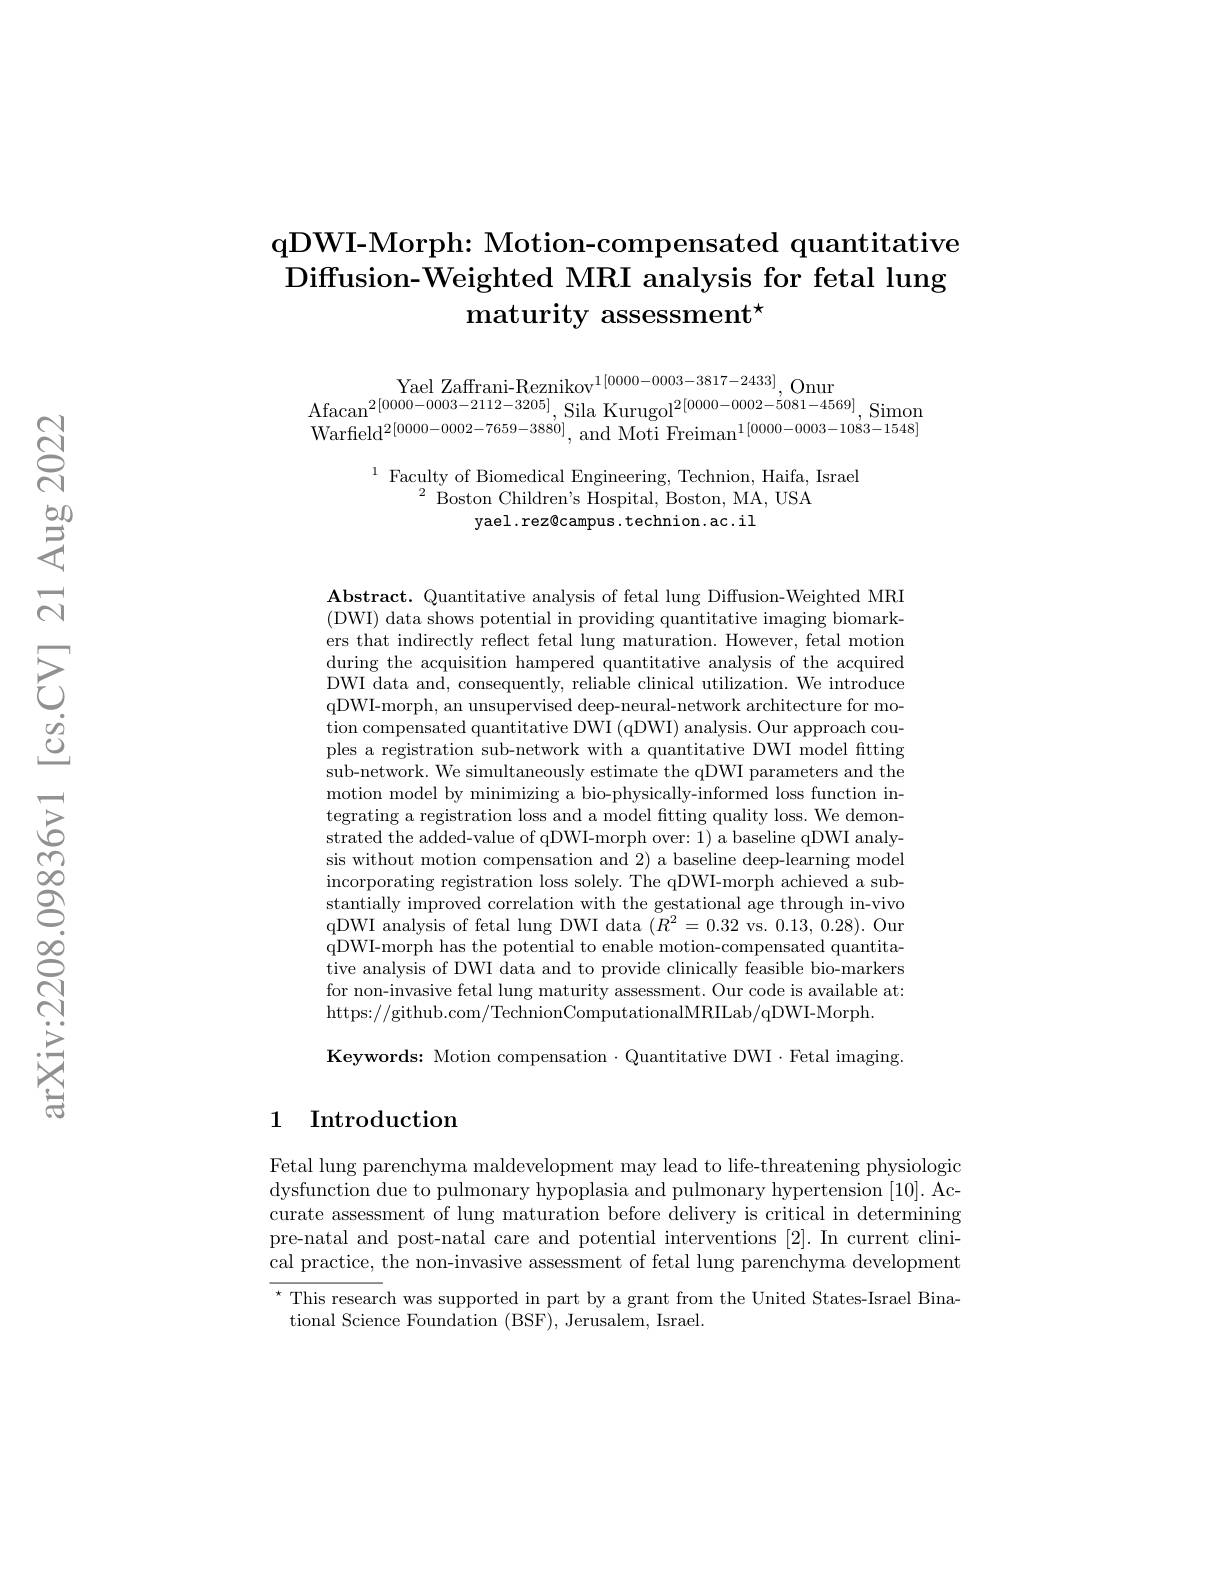
## $\textbf{qDWI- Morph: Motion- compensated quantitative}$ Diffusion-Weighted MRI analysis for fetal lung $\textbf{maturity assessment}^{\star}$

Warfield$^2[0000-0002-7659-3880]$, and Moti Freiman$^{1[0000-0003-1083-1548]}$

$^{1}\underset{2}{\operatorname*{\text{Faculty of Biomedical Engineering, Technion, Haifa, Israel}}}$
$^{2}{\mathrm{~Boston~Children's~Hospital,~Boston,~MA,~USA}}$
yael.rez@campus.technion.ac.il

$\mathbf{Abstract.~Quantitative~analysis~of~fetal~lung~Diffusion-Weighted~MR}$ (DWI) data shows potential in providing quantitative imaging biomarkers that indirectly reflect fetal lung maturation. However, fetal motion during the acquisition hampered quantitative analysis of the acquired DWI data and, consequently, reliable clinical utilization. We introduce tion compensated quantitative DWI (qDWI) analysis. Our approach couples a registration sub-network with a quantitative DWI model fitting sub-network. We simultaneously estimate the qDWI parameters and the motion model by minimizing a bio-physically-informed loss function integrating a registration loss and a model fitting quality loss. We demonstrated the added-value of qDWI-morph over: 1) a baseline qDWI analysis without motion compensation and 2) a baseline deep-learning model incorporating registration loss solely. The qDWI-morph achieved a substantially improved correlation with the gestational age through in-vivo qDWI analysis of fetal lung DWI data $(R^{2}=0.32$ vs. 0.13,0.28). Our qDWI-morph has the potential to enable motion-compensated quantitative analysis of DWI data and to provide clinically feasible bio-markers for non-invasive fetal lung maturity assessment. Our code is available at: https://github.com/TechnionComputationalMRILab/qDWI-Morph

Keywords: Motion compensation $\cdot$Quantitative DWI$\cdot$Fetal imaging.

## 1 Introduction

Fetal lung parenchyma maldevelopment may lead to life-threatening physiologic dysfunction due to pulmonary hypoplasia and pulmonary hypertension [10]. Accurate assessment of lung maturation before delivery is critical in determining pre-natal and post-natal care and potential interventions [2]. In current clinical practice, the non-invasive assessment of fetal lung parenchyma development

$^{\star}$ This research was supported in part by a grant from the United States-Israel Bina-
tional Science Foundation (BSF), Jerusalem, Israel.